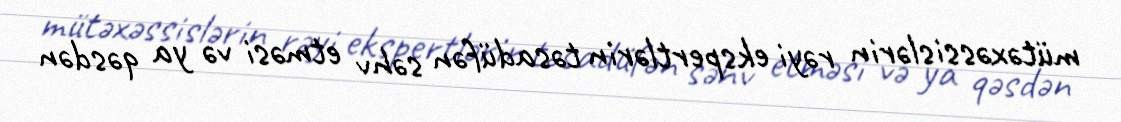
mütəxəssislərin rəyi ekspertlərin təsadüfən səhv etməsi və ya qəsdən